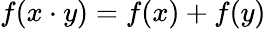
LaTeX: f(x\cdot y)=f(x)+f(y)